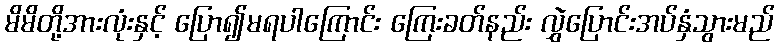
မိမိတို့အားလုံးနှင့် ပြော၍မရပါကြောင်း ကြေးခတ်နည်း လွှဲပြောင်းအပ်နှံသွားမည်